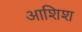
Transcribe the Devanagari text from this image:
आशिश